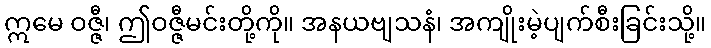
ဣမေ ဝဇ္ဇီ၊ ဤဝဇ္ဇီမင်းတို့ကို။ အနယဗျသနံ၊ အကျိုးမဲ့ပျက်စီးခြင်းသို့။